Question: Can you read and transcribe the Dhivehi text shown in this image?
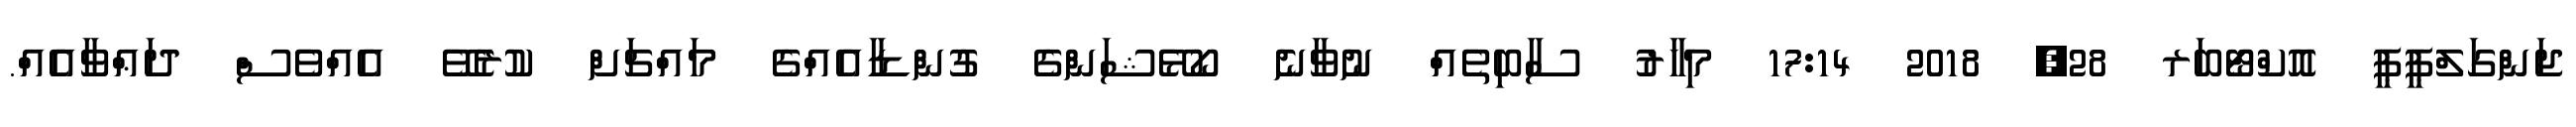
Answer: ޖަންގަލްޕީޕީ އޮކްޓޯބަރ 28, 2018 17:14 މިހާރު ސާބިތެއް ނުވާނެ ކޯޅޭޝަންގެ ގުންޑާއެއްގެ މައްޗަށް ކުރެވޭ އެއްވެސް ދަޢްވާއެއް.